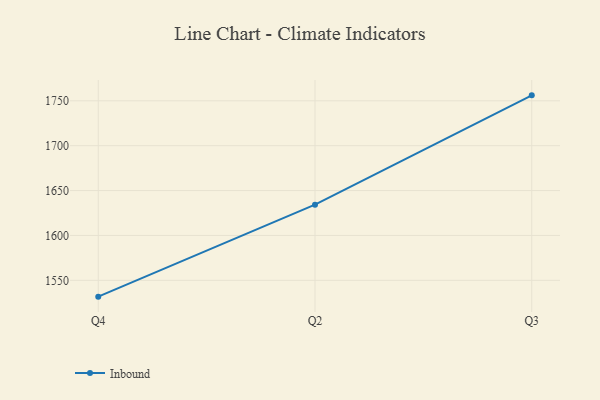
{"axis": {"x": "Quarter", "y": "Population (Million)"}, "legend": ["Inbound"], "data": [{"x": "Q4", "y": 1531.8, "type": "Inbound"}, {"x": "Q2", "y": 1634.3, "type": "Inbound"}, {"x": "Q3", "y": 1756.1, "type": "Inbound"}]}